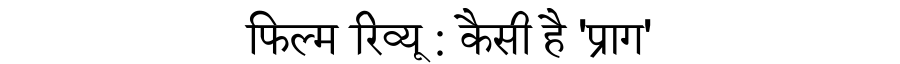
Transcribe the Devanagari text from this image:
फिल्म रिव्यू : कैसी है 'प्राग'